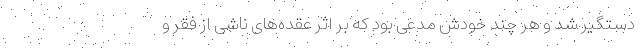
دستگیر شد و هر چند خودش مدعی بود که بر اثر عقده‌های ناشی از فقر و